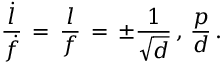
{ \frac { \dot { l } } { \dot { f } } } \, = \, { \frac { l } { f } } \, = \, \pm { \frac { 1 } { \sqrt { d } } } \, , \, { \frac { p } { d } } \, .